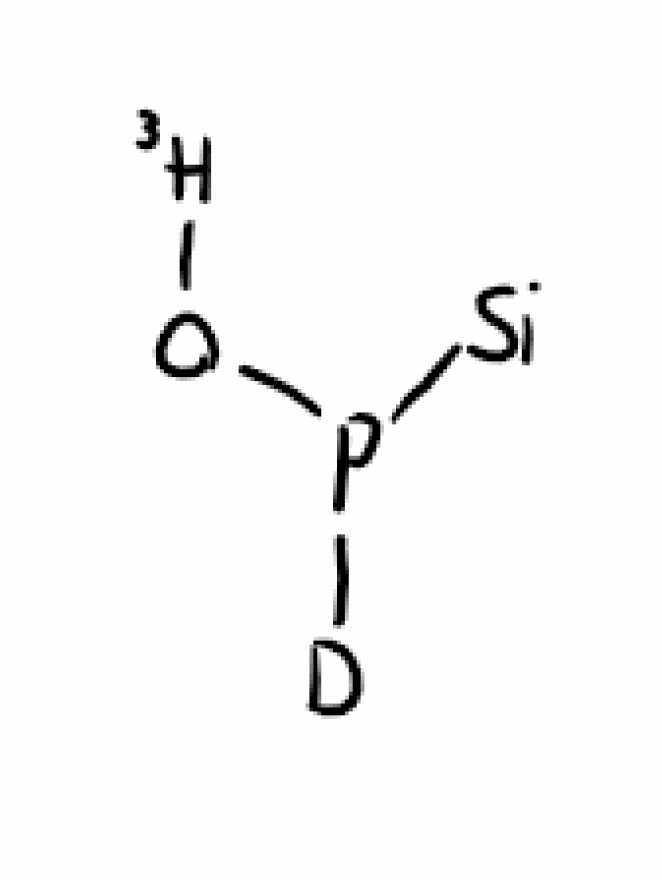
Simplified molecular-input line-entry system (SMILES) notation of the given molecule:
[2H]P(O[3H])[Si]